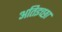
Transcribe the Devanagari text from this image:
अतिइच्छा